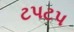
ટપટપ